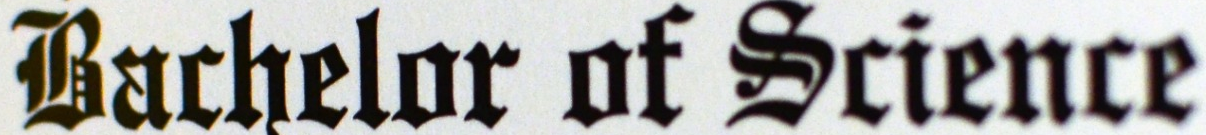
Bachelor of Science